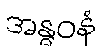
အန္ဓဝနံ